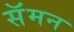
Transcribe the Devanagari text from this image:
सॅमन